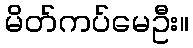
မိတ်ကပ်မေဦး။